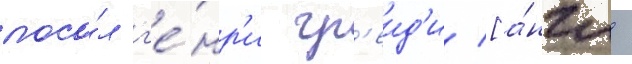
посо́л г'е́нр'и гр'еид'и [а́нгл.